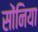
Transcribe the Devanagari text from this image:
सोंनिया